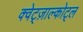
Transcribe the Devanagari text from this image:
क्वेट्ज़ाल्कोट्ल